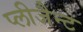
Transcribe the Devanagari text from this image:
प्लीजैन्ट